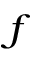
_ f